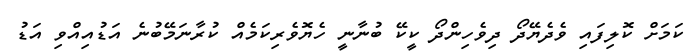
ކަމަށް ކޮލިފައި ވެދެޔޭދޯ ދިވެހިންދޯ ކީކޭ ބުނާނީ ހެޔޮވެރިކަމެއް ކުރާނަމޭބުނެ އަޑުއިއްވި އަޑު